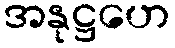
အနုဋ္ဌဟေ